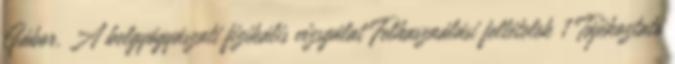
Gábor. A belgyógyászati fizikális vizsgálat Felhasználási feltételek 1 Tájékoztató